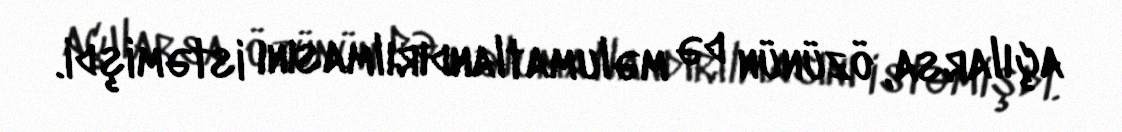
açılarsa, özünün də məlumatlandırılmasını istəmişdi.